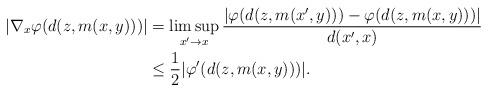
LaTeX: \begin{align*}\begin{aligned}|\nabla_x \varphi(d(z, m(x, y)))|&= \limsup_{x' \to x}{|\varphi(d(z, m(x', y)))-\varphi(d(z, m(x, y)))| \over d(x', x)} \\&\le {1 \over 2}|\varphi'(d(z, m(x, y)))|.\end{aligned}\end{align*}